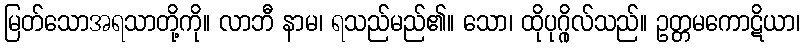
မြတ်သောအရသာတို့ကို။ လာဘီ နာမ၊ ရသည်မည်၏။ သော၊ ထိုပုဂ္ဂိုလ်သည်။ ဥတ္တမကောဋိယာ၊